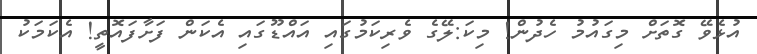
އުޅެވޭ ގޮތަށް މިގައުމު ހެދުން! މިކަ:ލޭގެ ވެރިކަމުގައި އައްޑޫގައި އެކަން ފަށާފައޮތީ! އެކަމަކު